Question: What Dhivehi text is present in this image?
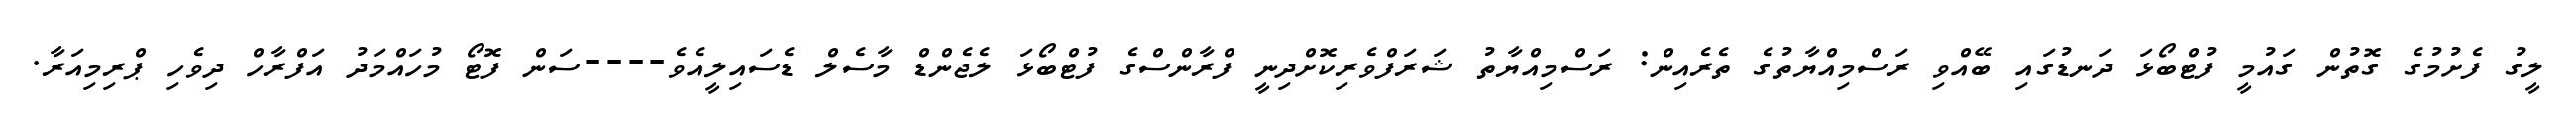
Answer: ލީގު ފެށުމުގެ ގޮތުން ގައުމީ ފުޓްބޯޅަ ދަނޑުގައި ބޭއްވި ރަސްމިއްޔާތުގެ ތެރެއިން: ރަސްމިއްޔާތު ޝަރަފްވެރިކޮށްދިނީ ފްރާންސްގެ ފުޓްބޯޅަ ލެޖެންޑް މާސެލް ޑެސައިލީއެވެ----ސަން ފޮޓޯ މުހައްމަދު އަފްރާހް ދިވެހި ޕްރިމިއަރާ.